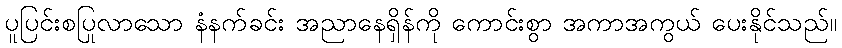
ပူပြင်းစပြုလာသော နံနက်ခင်း အညာနေရှိန်ကို ကောင်းစွာ အကာအကွယ် ပေးနိုင်သည်။